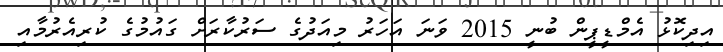
އިދިކޮޅު އެމްޑީޕީން ބުނީ 2015 ވަނަ އަހަރު މިއަދުގެ ސަރުކާރަށް ގައުމުގެ ކުރިއެރުމާއި